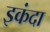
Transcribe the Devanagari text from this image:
इकंदा